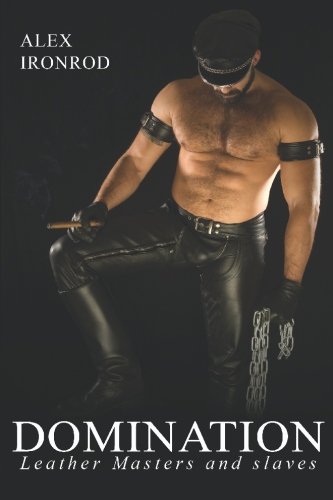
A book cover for Domination (Boner Books); Alex Ironrod; Romance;